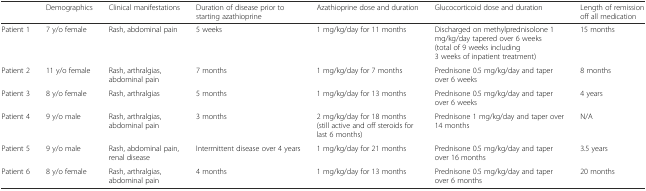
|  | Demographics | Clinical manifestations | Duration of disease prior to starting azathioprine | Azathioprine dose and duration | Glucocorticoid dose and duration | Length of remission off all medication |
 | --- | --- | --- | --- | --- | --- | --- |
 | Patient 1 | 7 y/o female | Rash, abdominal pain | 5 weeks | 1 mg/kg/day for 11 months | Discharged on methylprednisolone 1 mg/kg/day tapered over 6 weeks (total of 9 weeks including 3 weeks of inpatient treatment) | 15 months |
 | Patient 2 | 11 y/o female | Rash, arthralgias, abdominal pain | 7 months | 1 mg/kg/day for 7 months | Prednisone 0.5 mg/kg/day and taper over 6 weeks | 8 months |
 | Patient 3 | 8 y/o female | Rash, arthralgias | 5 months | 1 mg/kg/day for 13 months | Prednisone 0.5 mg/kg/day and taper over 6 weeks | 4 years |
 | Patient 4 | 9 y/o male | Rash, arthralgias, abdominal pain | 3 months | 2 mg/kg/day for 18 months (still active and off steroids for last 6 months) | Prednisone 1 mg/kg/day and taper over 14 months | N/A |
 | Patient 5 | 9 y/o male | Rash, abdominal pain, renal disease | Intermittent disease over 4 years | 1 mg/kg/day for 21 months | Prednisone 0.5 mg/kg/day and taper over 16 months | 3.5 years |
 | Patient 6 | 8 y/o female | Rash, arthralgias, abdominal pain | 4 months | 1 mg/kg/day for 13 months | Prednisone 0.5 mg/kg/day and taper over 6 months | 20 months |